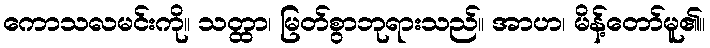
ကောသလမင်းကို။ သတ္ထာ၊ မြတ်စွာဘုရားသည်။ အာဟ၊ မိန့်တော်မူ၏။